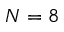
N = 8